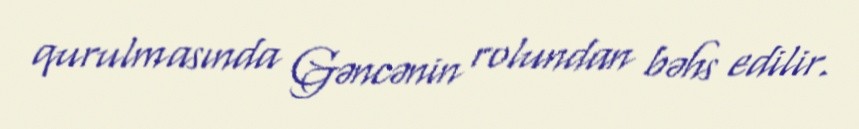
qurulmasında Gəncənin rolundan bəhs edilir.